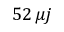
5 2 \, \mu j